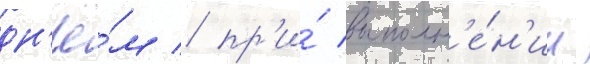
дн'ё́м / пр'и́ выполн'е́н'ии